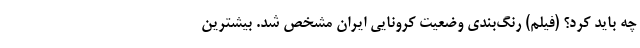
چه باید کرد؟ (فیلم) رنگ‌بندی وضعیت کرونایی ایران مشخص شد. بیشترین